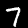
Digit: 7